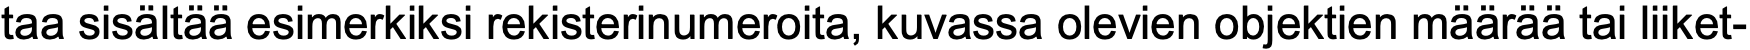
taa sisältää esimerkiksi rekisterinumeroita, kuvassa olevien objektien määrää tai liiket-